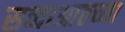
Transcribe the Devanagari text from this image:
सव्वाआठच्या